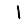
Digit: 1